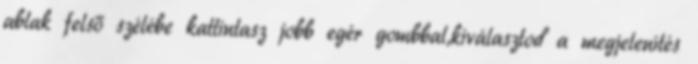
ablak felső szélébe kattintasz jobb egér gombbal,kiválasztod a megjelenítés